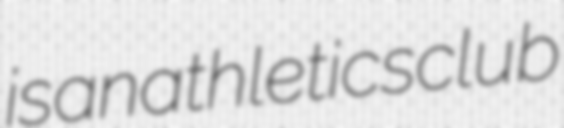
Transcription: is an athletics club